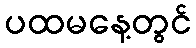
ပထမနေ့တွင်